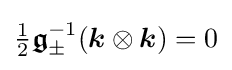
{\tfrac {1}{2}}{\boldsymbol {\mathfrak {g}}}_{\pm }^{-1}({\boldsymbol {k}}\otimes {\boldsymbol {k}})=0